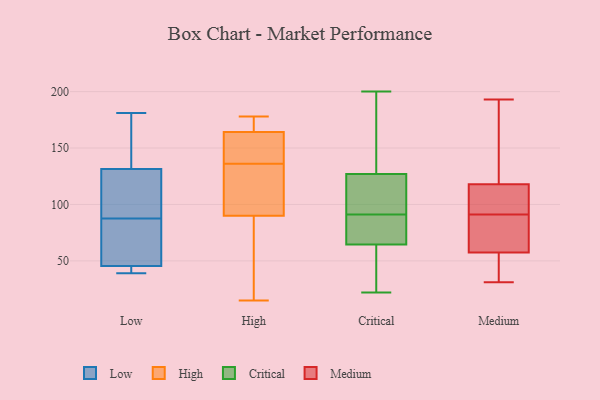
{"axis": {"x": "Energy Usage (MWh)", "y": "Value"}, "legend": ["Critical", "High", "Low", "Medium"], "data": [{"x": "", "y": 41, "type": "Low"}, {"x": "", "y": 41, "type": "Low"}, {"x": "", "y": 103, "type": "Low"}, {"x": "", "y": 160, "type": "Low"}, {"x": "", "y": 88, "type": "Low"}, {"x": "", "y": 87, "type": "Low"}, {"x": "", "y": 104, "type": "Low"}, {"x": "", "y": 41, "type": "Low"}, {"x": "", "y": 39, "type": "Low"}, {"x": "", "y": 180, "type": "Low"}, {"x": "", "y": 167, "type": "Low"}, {"x": "", "y": 58, "type": "Low"}, {"x": "", "y": 181, "type": "Low"}, {"x": "", "y": 132, "type": "Low"}, {"x": "", "y": 89, "type": "Low"}, {"x": "", "y": 72, "type": "Low"}, {"x": "", "y": 131, "type": "Low"}, {"x": "", "y": 50, "type": "Low"}, {"x": "", "y": 40, "type": "Low"}, {"x": "", "y": 63, "type": "Low"}, {"x": "", "y": 159, "type": "High"}, {"x": "", "y": 71, "type": "High"}, {"x": "", "y": 102, "type": "High"}, {"x": "", "y": 112, "type": "High"}, {"x": "", "y": 83, "type": "High"}, {"x": "", "y": 15, "type": "High"}, {"x": "", "y": 166, "type": "High"}, {"x": "", "y": 158, "type": "High"}, {"x": "", "y": 122, "type": "High"}, {"x": "", "y": 147, "type": "High"}, {"x": "", "y": 170, "type": "High"}, {"x": "", "y": 158, "type": "High"}, {"x": "", "y": 174, "type": "High"}, {"x": "", "y": 178, "type": "High"}, {"x": "", "y": 82, "type": "High"}, {"x": "", "y": 93, "type": "High"}, {"x": "", "y": 175, "type": "High"}, {"x": "", "y": 136, "type": "High"}, {"x": "", "y": 89, "type": "High"}, {"x": "", "y": 83, "type": "Critical"}, {"x": "", "y": 22, "type": "Critical"}, {"x": "", "y": 186, "type": "Critical"}, {"x": "", "y": 200, "type": "Critical"}, {"x": "", "y": 117, "type": "Critical"}, {"x": "", "y": 144, "type": "Critical"}, {"x": "", "y": 89, "type": "Critical"}, {"x": "", "y": 131, "type": "Critical"}, {"x": "", "y": 29, "type": "Critical"}, {"x": "", "y": 112, "type": "Critical"}, {"x": "", "y": 52, "type": "Critical"}, {"x": "", "y": 93, "type": "Critical"}, {"x": "", "y": 73, "type": "Critical"}, {"x": "", "y": 130, "type": "Critical"}, {"x": "", "y": 59, "type": "Critical"}, {"x": "", "y": 27, "type": "Critical"}, {"x": "", "y": 124, "type": "Critical"}, {"x": "", "y": 88, "type": "Critical"}, {"x": "", "y": 70, "type": "Critical"}, {"x": "", "y": 99, "type": "Critical"}, {"x": "", "y": 120, "type": "Medium"}, {"x": "", "y": 48, "type": "Medium"}, {"x": "", "y": 123, "type": "Medium"}, {"x": "", "y": 72, "type": "Medium"}, {"x": "", "y": 41, "type": "Medium"}, {"x": "", "y": 31, "type": "Medium"}, {"x": "", "y": 169, "type": "Medium"}, {"x": "", "y": 83, "type": "Medium"}, {"x": "", "y": 193, "type": "Medium"}, {"x": "", "y": 41, "type": "Medium"}, {"x": "", "y": 71, "type": "Medium"}, {"x": "", "y": 110, "type": "Medium"}, {"x": "", "y": 188, "type": "Medium"}, {"x": "", "y": 95, "type": "Medium"}, {"x": "", "y": 59, "type": "Medium"}, {"x": "", "y": 91, "type": "Medium"}, {"x": "", "y": 112, "type": "Medium"}, {"x": "", "y": 57, "type": "Medium"}, {"x": "", "y": 111, "type": "Medium"}]}